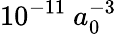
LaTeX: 10^{-11}\ a_{0}^{-3}